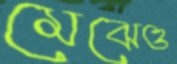
মেঝেও